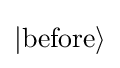
|{\text{before}}\rangle